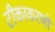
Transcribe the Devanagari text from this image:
टीकाकरणों